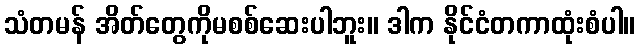
သံတမန် အိတ်တွေကိုမစစ်ဆေးပါဘူး။ ဒါက နိုင်ငံတကာထုံးစံပါ။